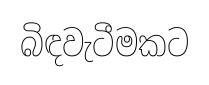
බිඳවැටීමකට